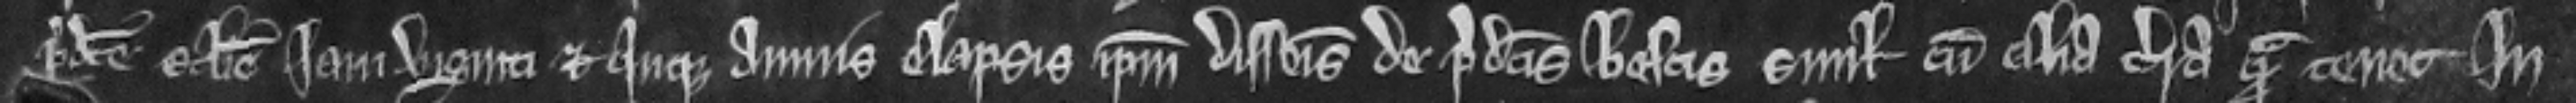
predicte ecclesie Iam viginti et quinque annis elapss ipsum disseisivit de predictis boscis simil cum alia terra quam tenet In